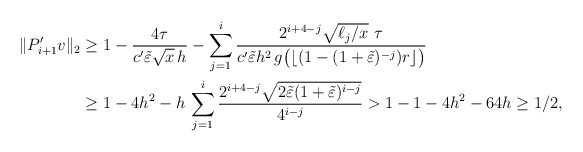
\begin{align*}\|P_{i+1}'v\|_2&\geq 1-\frac{4\tau}{c' \tilde\varepsilon \sqrt{x}\,h}-\sum_{j=1}^i \frac{2^{i+4-j}\sqrt{\ell_j/x}\,\,\tau}{c'\tilde\varepsilon h^2\,g\big(\lfloor(1-(1+\tilde\varepsilon)^{-j})r\rfloor\big)}\\&\geq 1-4h^2-h\,\sum_{j=1}^i \frac{2^{i+4-j}\sqrt{2\tilde\varepsilon (1+\tilde\varepsilon)^{i-j}}}{4^{i-j}}>1-1-4h^2-64h\geq 1/2,\end{align*}